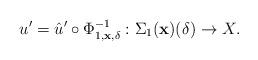
LaTeX: \begin{align*}u' = \hat u' \circ \Phi_{1,{\bf x},\delta}^{-1} : \Sigma_1({\bf x})(\delta) \to X.\end{align*}